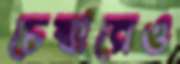
চেম্বারেও